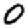
Digit: 0